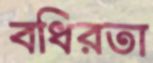
বধিরতা